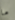
ما